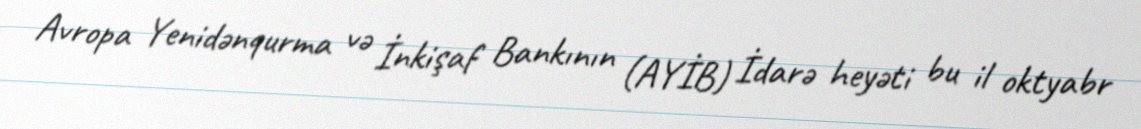
Avropa Yenidənqurma və İnkişaf Bankının (AYİB) İdarə heyəti bu il oktyabr